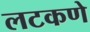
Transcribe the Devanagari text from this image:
लटकणे